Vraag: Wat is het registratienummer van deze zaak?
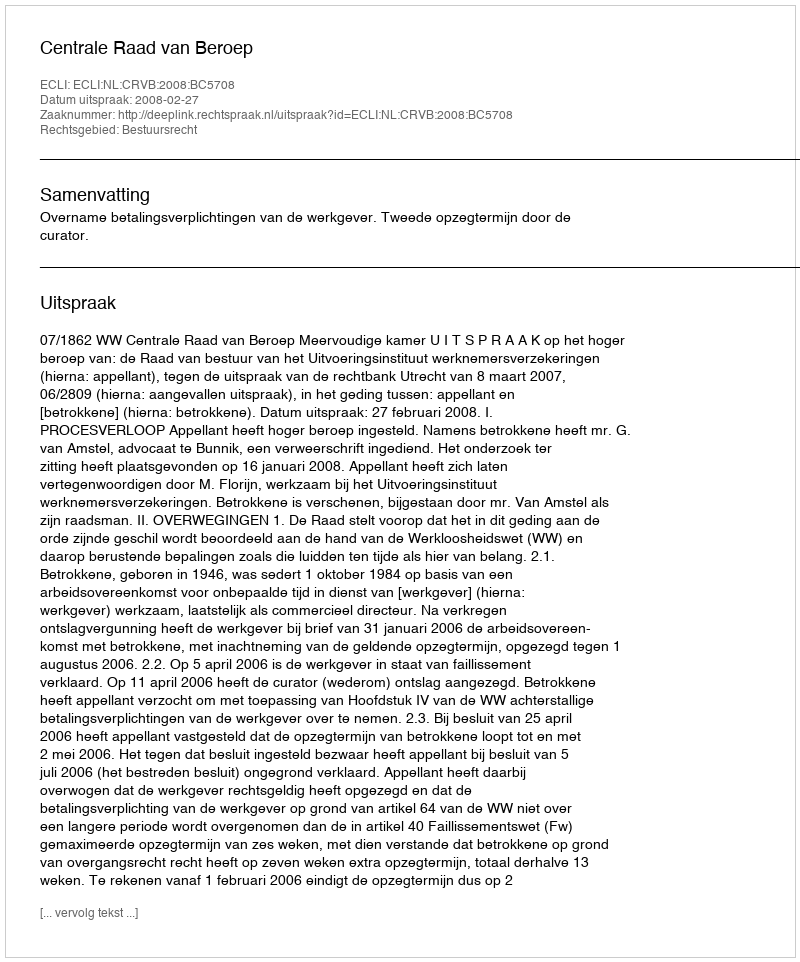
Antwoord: http://deeplink.rechtspraak.nl/uitspraak?id=ECLI:NL:CRVB:2008:BC5708